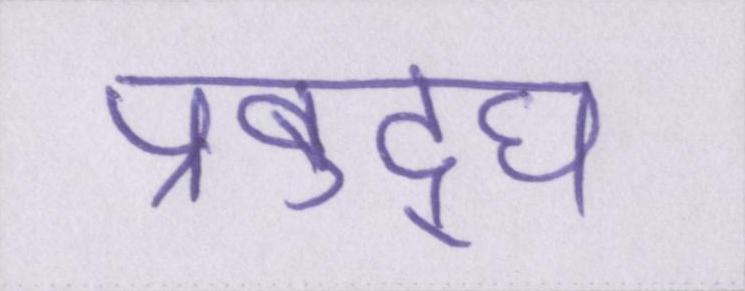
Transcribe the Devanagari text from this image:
प्रबुद्घ